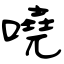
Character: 嘵